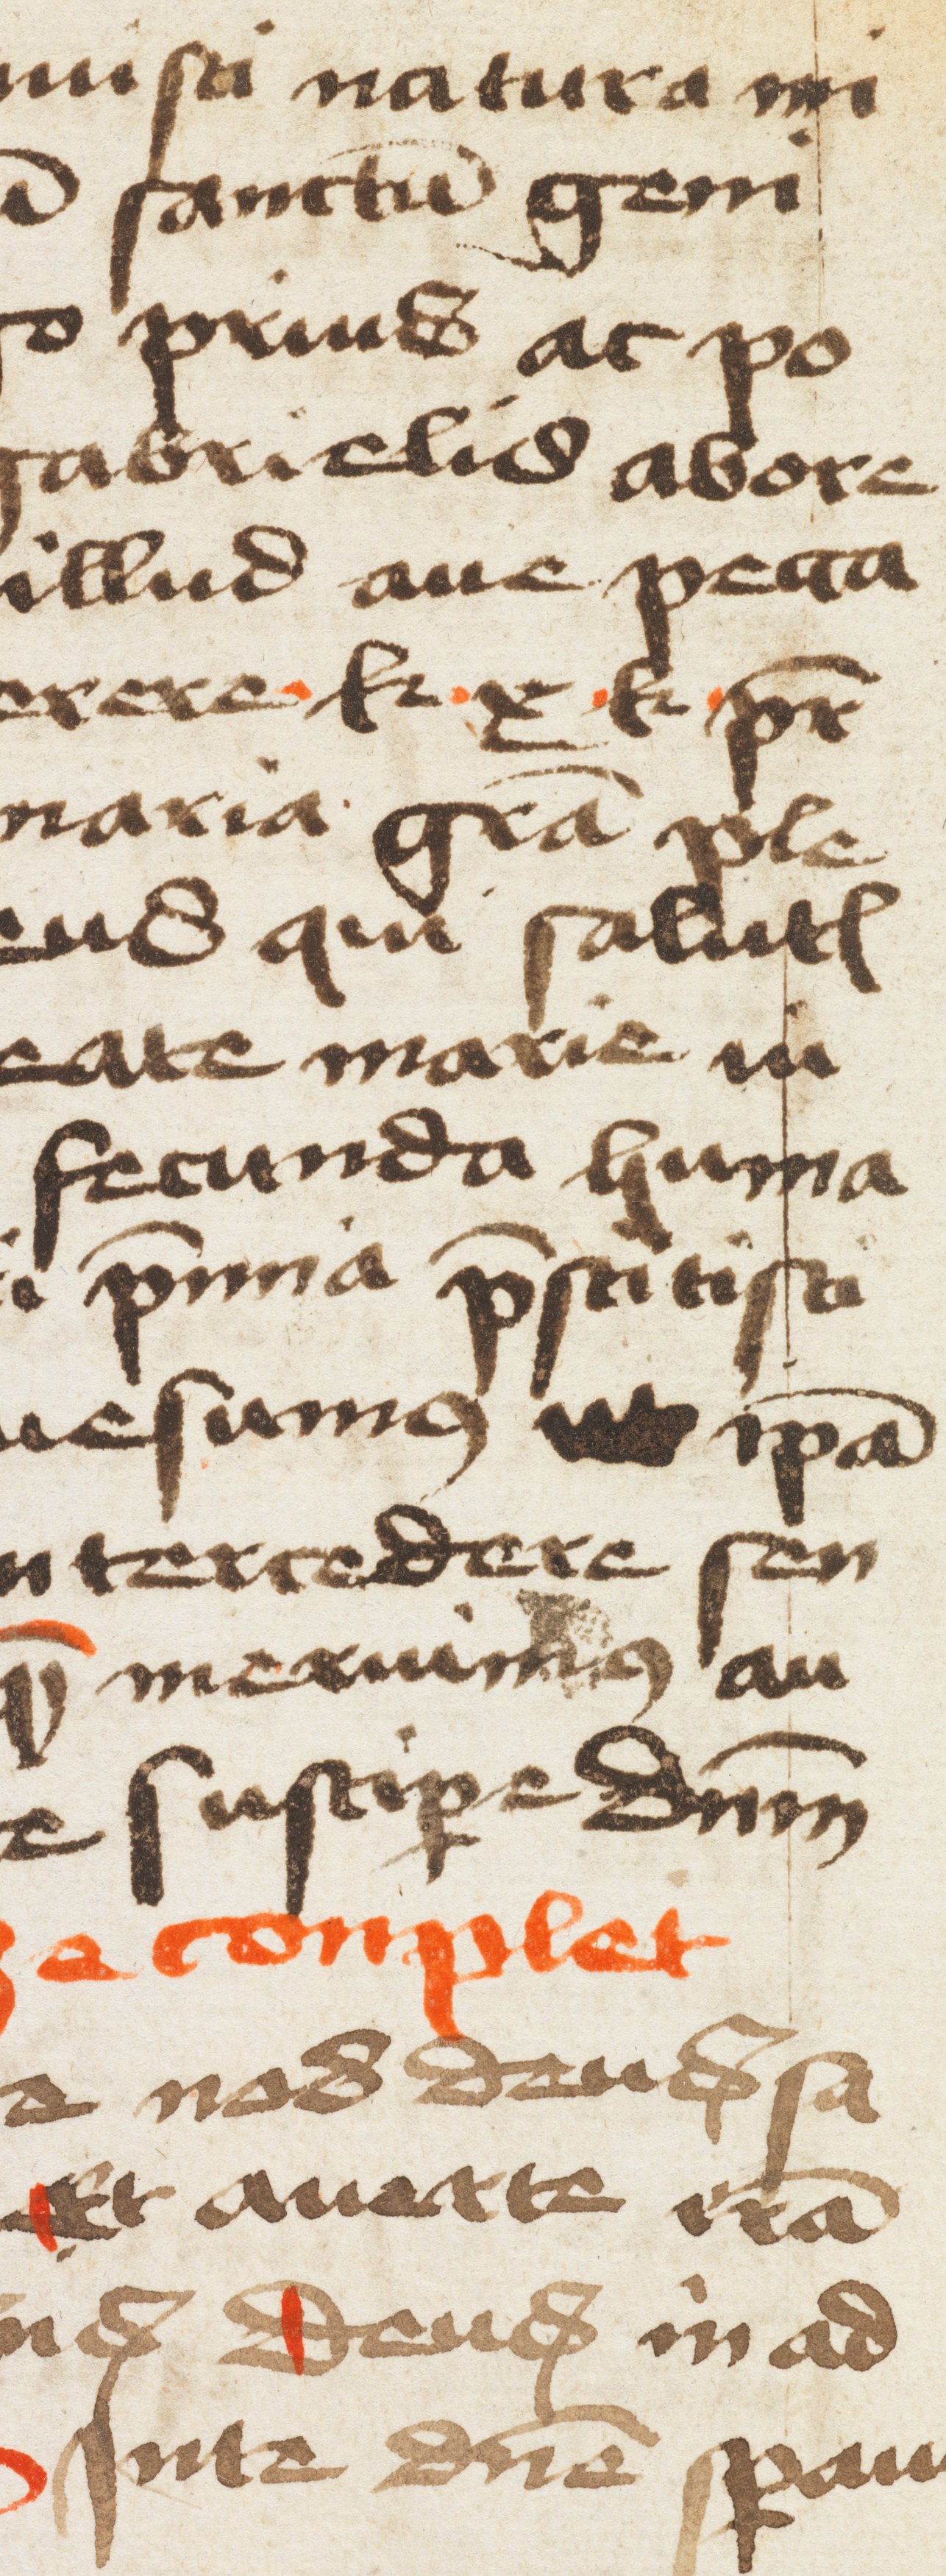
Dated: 1466–1466